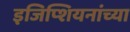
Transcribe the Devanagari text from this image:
इजिप्शियनांच्या